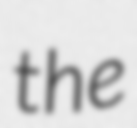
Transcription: the